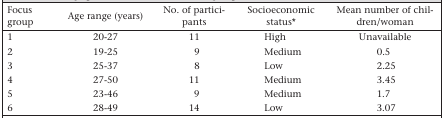
<table><thead><tr><td><b>Focus group</b></td><td><b>Age range (years)</b></td><td><b>No. of participants</b></td><td><b>Socioeconomic status*</b></td><td><b>Mean number of children/woman</b></td></tr></thead><tbody><tr><td>1</td><td>20–27</td><td>11</td><td>High</td><td>Unavailable</td></tr><tr><td>2</td><td>19–25</td><td>9</td><td>Medium</td><td>0.5</td></tr><tr><td>3</td><td>25–37</td><td>8</td><td>Low</td><td>2.25</td></tr><tr><td>4</td><td>27–50</td><td>11</td><td>Medium</td><td>3.45</td></tr><tr><td>5</td><td>23–46</td><td>9</td><td>Medium</td><td>1.7</td></tr><tr><td>6</td><td>28–49</td><td>14</td><td>Low</td><td>3.07</td></tr></tbody></table>